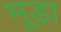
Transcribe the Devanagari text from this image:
मूड़ा